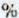
%